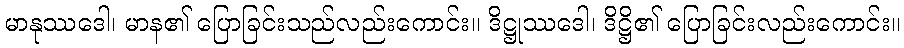
မာနုဿဒေါ၊ မာန၏ ပြောခြင်းသည်လည်းကောင်း။ ဒိဋ္ဌုဿဒေါ၊ ဒိဋ္ဌိ၏ ပြောခြင်းလည်းကောင်း။